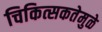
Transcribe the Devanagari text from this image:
चिकित्सकतेमुळे